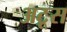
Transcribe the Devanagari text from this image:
अटूस